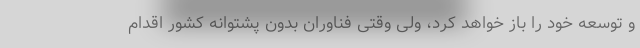
و توسعه خود را باز خواهد کرد، ولی وقتی فناوران بدون پشتوانه کشور اقدام